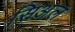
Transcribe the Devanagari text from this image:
सिअल